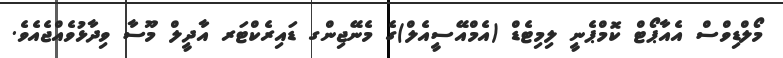
މޯލްޑިވްސް އެއާޕޯޓް ކޮމްޕެނީ ލިމިޓެޑް (އެމްއޭސީއެލް)ގެ މެނޭޖިންގ ޑައިރެކްޓަރ އާދީލް މޫސާ ވިދާޅުވެއްޖެއެވެ.